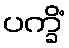
ပက္ခိံ